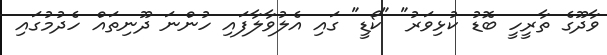
ވާދޫގެ ތާރީހީ ބޮޑު ކުޅިވަރު" "ކޯޑީ" ގައި އެލުވާލާފައި ހުންނަ ދޫނިތައް ހެދުމުގައި